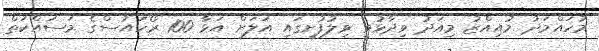
މުހައްމަދު މުއިއްޒު މިއަދު ވިދާޅުވީ ވިލުފުށީގައި އަލަށް އަޅާ 100 ރޯހައުސްގެ މަސައްކަތް